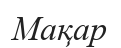
Мақар